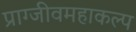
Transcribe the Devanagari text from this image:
प्राग्जीवमहाकल्प